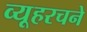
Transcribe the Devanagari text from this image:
व्यूहरचने